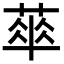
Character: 𦶎